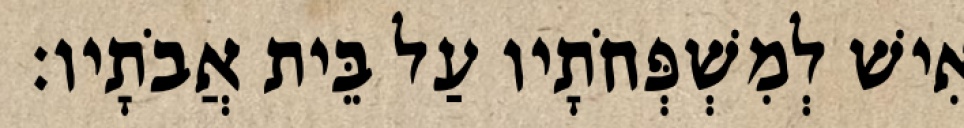
אִישׁ לְמִשְׁפְּחֹתָיו עַל בֵּית אֲבֹתָיו׃